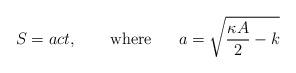
LaTeX: \begin{align*}S=act, \ \ \ \ \ \ \mbox{where} \ \ \ \ \ a=\sqrt{\frac{\kappa A}{2}-k}\end{align*}